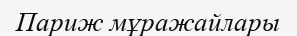
Париж мұражайлары